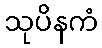
သုပိနကံ